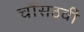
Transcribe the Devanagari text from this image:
चौंसठवीं